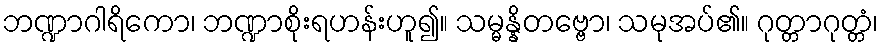
ဘဏ္ဍာဂါရိကော၊ ဘဏ္ဍာစိုးရဟန်းဟူ၍။ သမ္မန္နိတဗ္ဗော၊ သမုအပ်၏။ ဂုတ္တာဂုတ္တံ၊